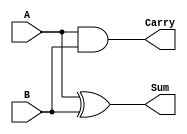
module halfAdder(
    input A, B, 
    output Sum, Carry
);
    and(Carry,A,B);
    xor(Sum,A,B);
endmodule

module fullAdder(
    input a,b,c_In, 
    output sum,c_out
);
    wire xor1,and1,and2;

    xor(xor1,a,b);
    xor(sum,xor1,c_In);
    and(and2,a,b);
    and(and1,xor1,c_In);
    or(c_out,and1,and2);
endmodule

module halfSubtract(
    input A,B, 
    output D,bOut
);
    wire not1;

    xor(D,A,B);
    not(not1,A);
    and(bOut,B,not1);
endmodule

module fullSubtract(
    input A,B,bIn,
    output D,bOut
);
    wire not1,xor1,and1,not2,and2;

    not(not1,A);
    xor(xor1,A,B);
    and(and1,not1,B);
    not(not2,xor1);
    xor(D,xor1,bIn);
    and(and2,not2,bIn);
    or(bOut,and2,and1);
endmodule

module Lab5TB;
    reg a,b,c_In,bIn;
    wire sum,carry,
         sum1,c_out,
         D,bOut,
         D1,bOut1
    ;

    halfAdder HFADD(a,b,sum,carry);
    fullAdder FLADD(a,b,c_In,sum1,c_out);
    halfSubtract HFSUB(a,b,D,bOut);
    fullSubtract FFSUB(a,b,bIn,D1,bOut1);

    initial
        begin
            $dumpfile("Lab5CPE314.vcd");
	        $dumpvars(-1, HFADD,FLADD,HFSUB,FFSUB);
	        $monitor("%b",  sum,carry,
                            sum1,c_out,
                            D,bOut,
                            D1,bOut1);
        end
    initial begin
        #1 a=0; b=0;
        #1 $display("Simulating Half Adder");
           $monitor("A=%b, B=%b, sum=%b, carry=%b", a,b,sum,carry);
        #1 a=0; b=1;
        #1 a=1; b=0;
        #1 a=1; b=1;
        
        #1 a=0; b=0; c_In=0;
        #1 $display("Simulating Full Adder");
           $monitor("A=%b, B=%b, c_In=%b, sum=%b, C_out=%b",a,b,c_In,sum1,c_out);
        #1 a=0; b=0; c_In=1;
        #1 a=0; b=1; c_In=0;
        #1 a=0; b=1; c_In=1;
        #1 a=1; b=0; c_In=0;
        #1 a=1; b=0; c_In=1;
        #1 a=1; b=1; c_In=0;
        #1 a=1; b=1; c_In=1;

        #1 a=0; b=0; 
        #1 $display("Simulating Half Subtract");
           $monitor("A=%b, B=%b, D=%b, bOut=%b",a,b,D,bOut);
        #1 a=0; b=1; 
        #1 a=1; b=0; 
        #1 a=1; b=1; 

        #1 a=0; b=0; bIn=0;
        #1 $display("Simulating Full Subtract");
           $monitor("A=%b, B=%b, bIn=%b, D=%b, bOut=%b", a,b,bIn,D1,bOut1);
        #1 a=0; b=0; bIn=1;
        #1 a=0; b=1; bIn=0;
        #1 a=0; b=1; bIn=1;
        #1 a=1; b=0; bIn=0;
        #1 a=1; b=0; bIn=1;
        #1 a=1; b=1; bIn=0;
        #1 a=1; b=1; bIn=1;

        #1 $finish;  
    end
endmodule